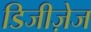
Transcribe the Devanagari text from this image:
डिजीज़ेज